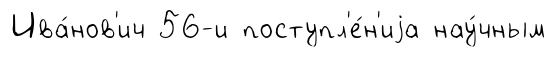
Ива́нов'ич 56-и поступл'е́н'иjа нау́чным